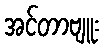
အင်တာဗျူး